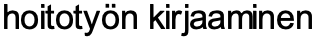
hoitotyön kirjaaminen